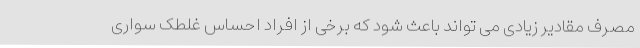
مصرف مقادیر زیادی می تواند باعث شود که برخی از افراد احساس غلطک سواریِ